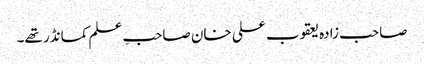
صاحب زادہ یعقوب علی خان صاحبِ علم کمانڈر تھے۔